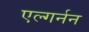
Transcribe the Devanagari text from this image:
एल्गर्नन